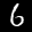
Label: 6